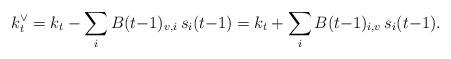
LaTeX: \begin{align*} k_{t}^{\vee}= k_{t}-\sum_{i} B(t{-}1)_{v,i} \,s_{i}(t{-}1) = k_{t}+\sum_{i} B(t{-}1)_{i,v}\, s_{i}(t{-}1).\end{align*}